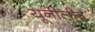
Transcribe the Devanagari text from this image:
यूनीलीव